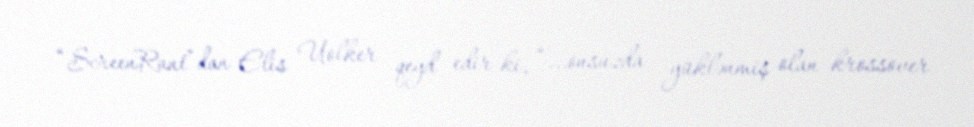
“ScreenRant”dan Elis Uolker qeyd edir ki, “...onsuzda yüklənmiş olan krossover